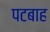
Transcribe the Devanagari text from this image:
पटबाह